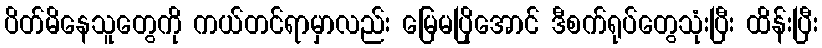
ပိတ်မိနေသူတွေကို ကယ်တင်ရာမှာလည်း မြေမပြိုအောင် ဒီစက်ရုပ်တွေသုံးပြီး ထိန်းပြီး